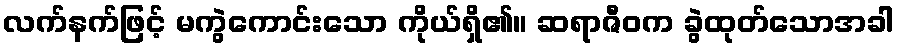
လက်နက်ဖြင့် မကွဲကောင်းသော ကိုယ်ရှိ၏။ ဆရာဇီဝက ခွဲထုတ်သောအခါ